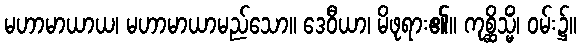
မဟာမာယာယ၊ မဟာမာယာမည်သော။ ဒေဝီယာ၊ မိဖုရား၏။ ကုစ္ဆိသ္မိံ၊ ဝမ်း၌။